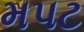
મપટ